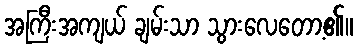
အကြီးအကျယ် ချမ်းသာ သွားလေတော့၏။